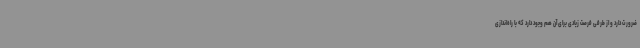
ضرورت دارد و از طرفی فرصت زیادی برای آن هم وجود دارد که با راه‌اندازی